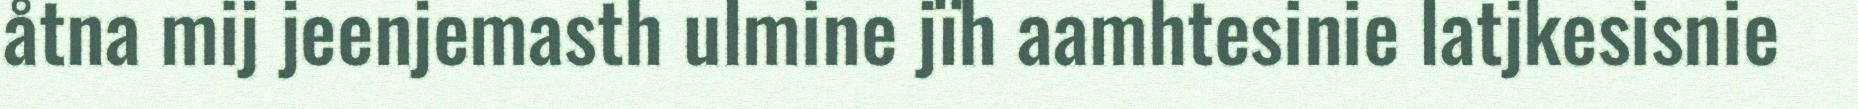
åtna mij jeenjemasth ulmine jïh aamhtesinie latjkesisnie